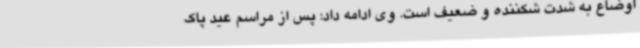
اوضاع به شدت شکننده و ضعیف است. وی ادامه داد: پس از مراسم عید پاک